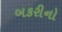
બકરીનો